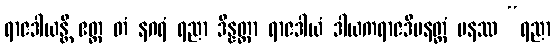
ရာဇဒါယန္တိ ဧတ္ထ တံ နဂရံ ရညာ ဒိန္နတ္တာ ရာဇဒါယံ ဒါယကရာဇဒီပနတ္ထံ ပနဿ “ရညာ